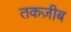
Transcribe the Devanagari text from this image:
तकज़ीब